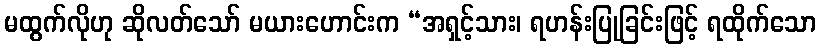
မထွက်လိုဟု ဆိုလတ်သော် မယားဟောင်းက “အရှင့်သား၊ ရဟန်းပြုခြင်းဖြင့် ရထိုက်သော